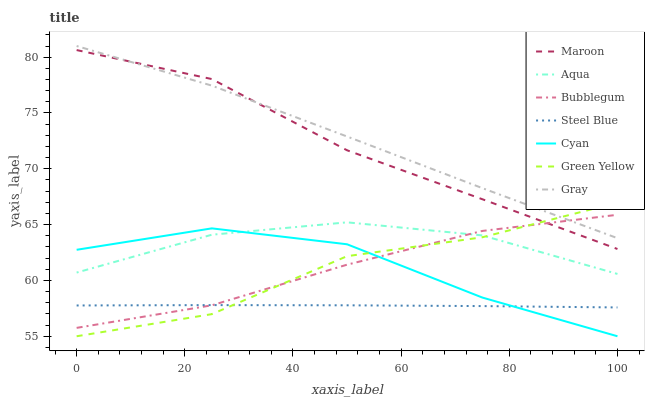
| xaxis_label | Maroon | Aqua | Bubblegum | Steel Blue | Cyan | Green Yellow | Gray |
 | --- | --- | --- | --- | --- | --- | --- | --- |
 | 0 | 80.6 | 60.7 | 55.8 | 57.8 | 62.7 | 55 | 81 |
 | 25 | 78 | 64.1 | 57.8 | 57.8 | 64.7 | 57 | 77.5 |
 | 50 | 71.7 | 65.2 | 61.4 | 57.8 | 63.2 | 62.2 | 72.9 |
 | 75 | 67.3 | 64 | 64.4 | 57.7 | 58.5 | 63.9 | 68.3 |
 | 100 | 62.8 | 60.6 | 65.9 | 57.6 | 55 | 67 | 63.8 |